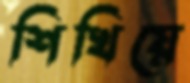
শিখিয়ে